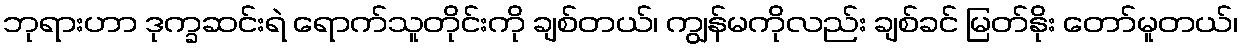
ဘုရားဟာ ဒုက္ခဆင်းရဲ ရောက်သူတိုင်းကို ချစ်တယ်၊ ကျွန်မကိုလည်း ချစ်ခင် မြတ်နိုး တော်မူတယ်၊